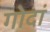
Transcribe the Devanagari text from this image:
गोदां